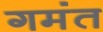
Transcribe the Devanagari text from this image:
गमंत